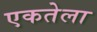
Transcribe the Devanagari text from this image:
एकतेला